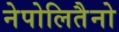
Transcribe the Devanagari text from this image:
नेपोलितैनो